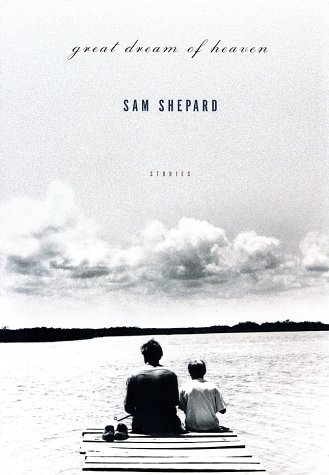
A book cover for Great Dream of Heaven: Stories; Sam Shepard; Religion & Spirituality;